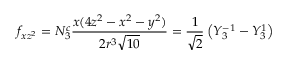
f _ { x z ^ { 2 } } = N _ { 3 } ^ { c } { \frac { x ( 4 z ^ { 2 } - x ^ { 2 } - y ^ { 2 } ) } { 2 r ^ { 3 } { \sqrt { 1 0 } } } } = { \frac { 1 } { \sqrt { 2 } } } \left( Y _ { 3 } ^ { - 1 } - Y _ { 3 } ^ { 1 } \right)